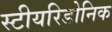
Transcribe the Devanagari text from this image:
स्टीयरिडोनिक